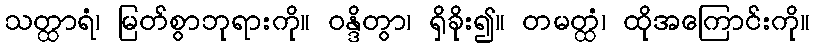
သတ္ထာရံ၊ မြတ်စွာဘုရားကို။ ဝန္ဒိတွာ၊ ရှိခိုး၍။ တမတ္ထံ၊ ထိုအကြောင်းကို။